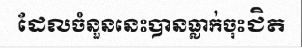
ដែលចំនួននេះបានធ្លាក់ចុះជិត